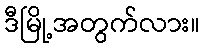
ဒီမြို့အတွက်လား။